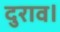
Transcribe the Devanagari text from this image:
दुराव।